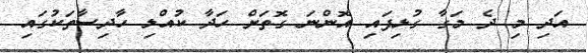
އަދި މި ދެ މަގާ ގުޅިފައި އޮންނަ ގޮތަށް ހަދާ ކުއްލި ހާދިސާތަކުގައި